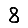
Digit: 8